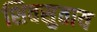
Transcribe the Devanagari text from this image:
शिवसुताय